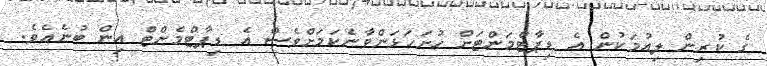
ގެ ކުރިން ލިއުމަކުން އެ ޑިޕާޓްމަންޓަށް ހުށަހަޅަންވާނެކަމަށްވެސް އެ ޑިޕާޓްމެންޓް އިން ބުނެއެވެ.